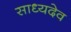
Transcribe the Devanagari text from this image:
साध्यदेव